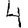
Digit: 4